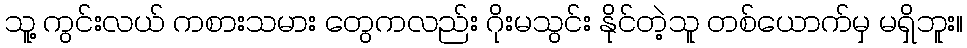
သူ့ ကွင်းလယ် ကစားသမား တွေကလည်း ဂိုးမသွင်း နိုင်တဲ့သူ တစ်ယောက်မှ မရှိဘူး။